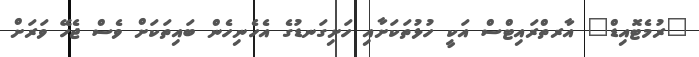
"ރުމެޓޮއިޑް" އާރތްރައިޓްސް އަކީ ހުޅުތަކަށާއި ހަށިގަނޑުގެ އެހެނިހެން ބައިތަަކަށް ވެސް ޖެހޭ ވަރަށް